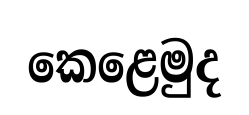
කෙළෙමුද